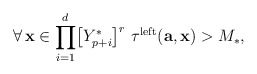
\begin{align*}\forall\,\mathbf{x}\in\displaystyle{\prod_{i=1}^{d}}\big{[}Y_{p+i}^{*}\big{]}^{r}\,\,\tau^{\mathrm{left}}(\mathbf{a},\mathbf{x})>M_{*},\end{align*}